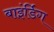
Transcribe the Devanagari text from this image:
बाइंर्डिग